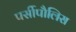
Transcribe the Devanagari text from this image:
पर्सीपौलिस